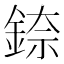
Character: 錼